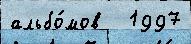
альбо́мов   1997